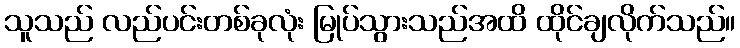
သူသည် လည်ပင်းတစ်ခုလုံး မြုပ်သွားသည်အထိ ထိုင်ချလိုက်သည်။